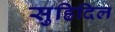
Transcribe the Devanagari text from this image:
सुह्रिदिल